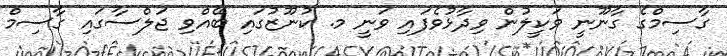
ގާސިމްގެ ގާނޫނީ ވަކީލުން ވިދާޅުވެފައި ވަނީ މ. ކުނޫޒުގައި ބޭއްވި ޖަލްސާގައި ގާސިމް